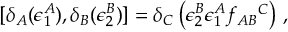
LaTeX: [ \delta _ { A } ( \epsilon _ { 1 } ^ { A } ) , \delta _ { B } ( \epsilon _ { 2 } ^ { B } ) ] = \delta _ { C } \left( \epsilon _ { 2 } ^ { B } \epsilon _ { 1 } ^ { A } f _ { A B } { } ^ { C } \right) \, ,